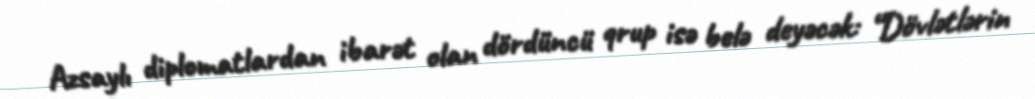
Azsaylı diplomatlardan ibarət olan dördüncü qrup isə belə deyəcək: “Dövlətlərin